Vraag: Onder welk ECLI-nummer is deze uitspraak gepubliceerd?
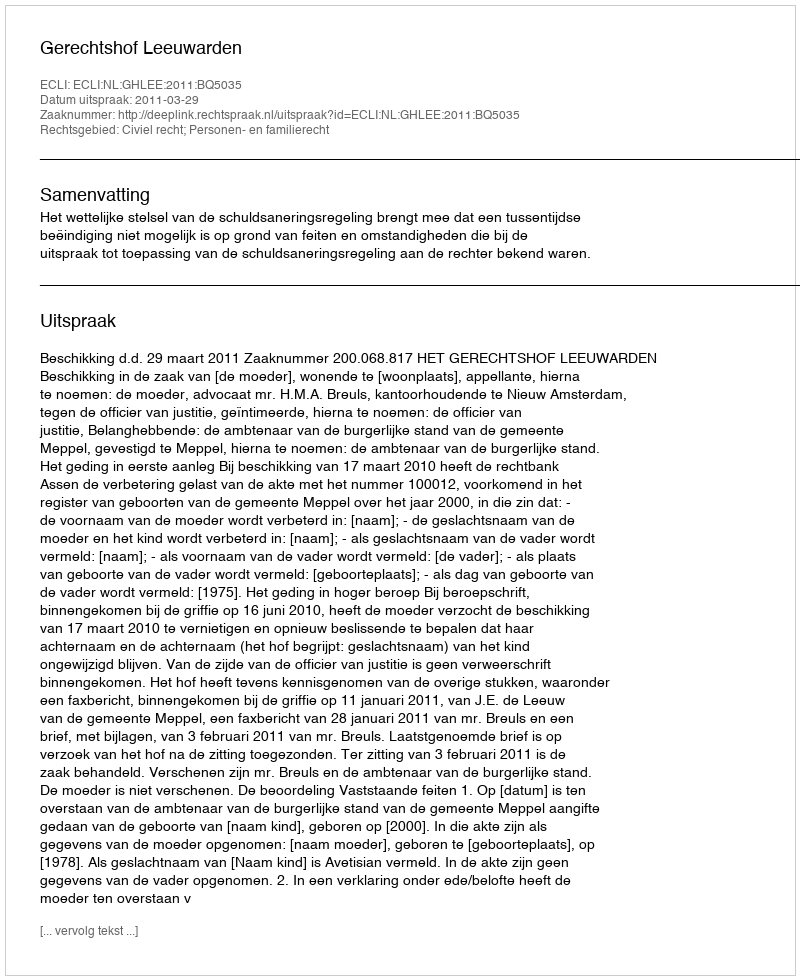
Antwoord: ECLI:NL:GHLEE:2011:BQ5035